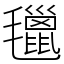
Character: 㲱